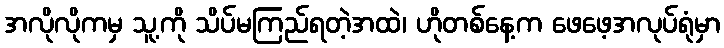
အလိုလိုကမှ သူ့ကို သိပ်မကြည်ရတဲ့အထဲ၊ ဟိုတစ်နေ့က ဖေဖေ့အလုပ်ရုံမှာ